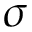
\sigma